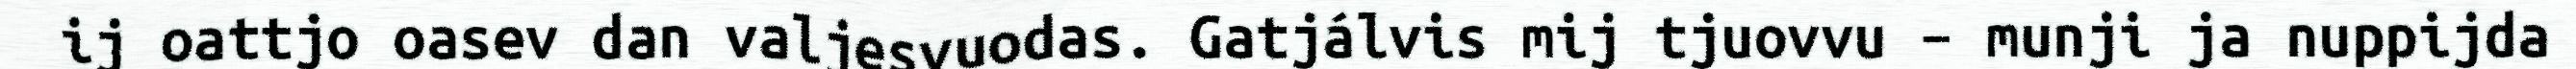
ij oattjo oasev dan valjesvuodas. Gatjálvis mij tjuovvu – munji ja nuppijda